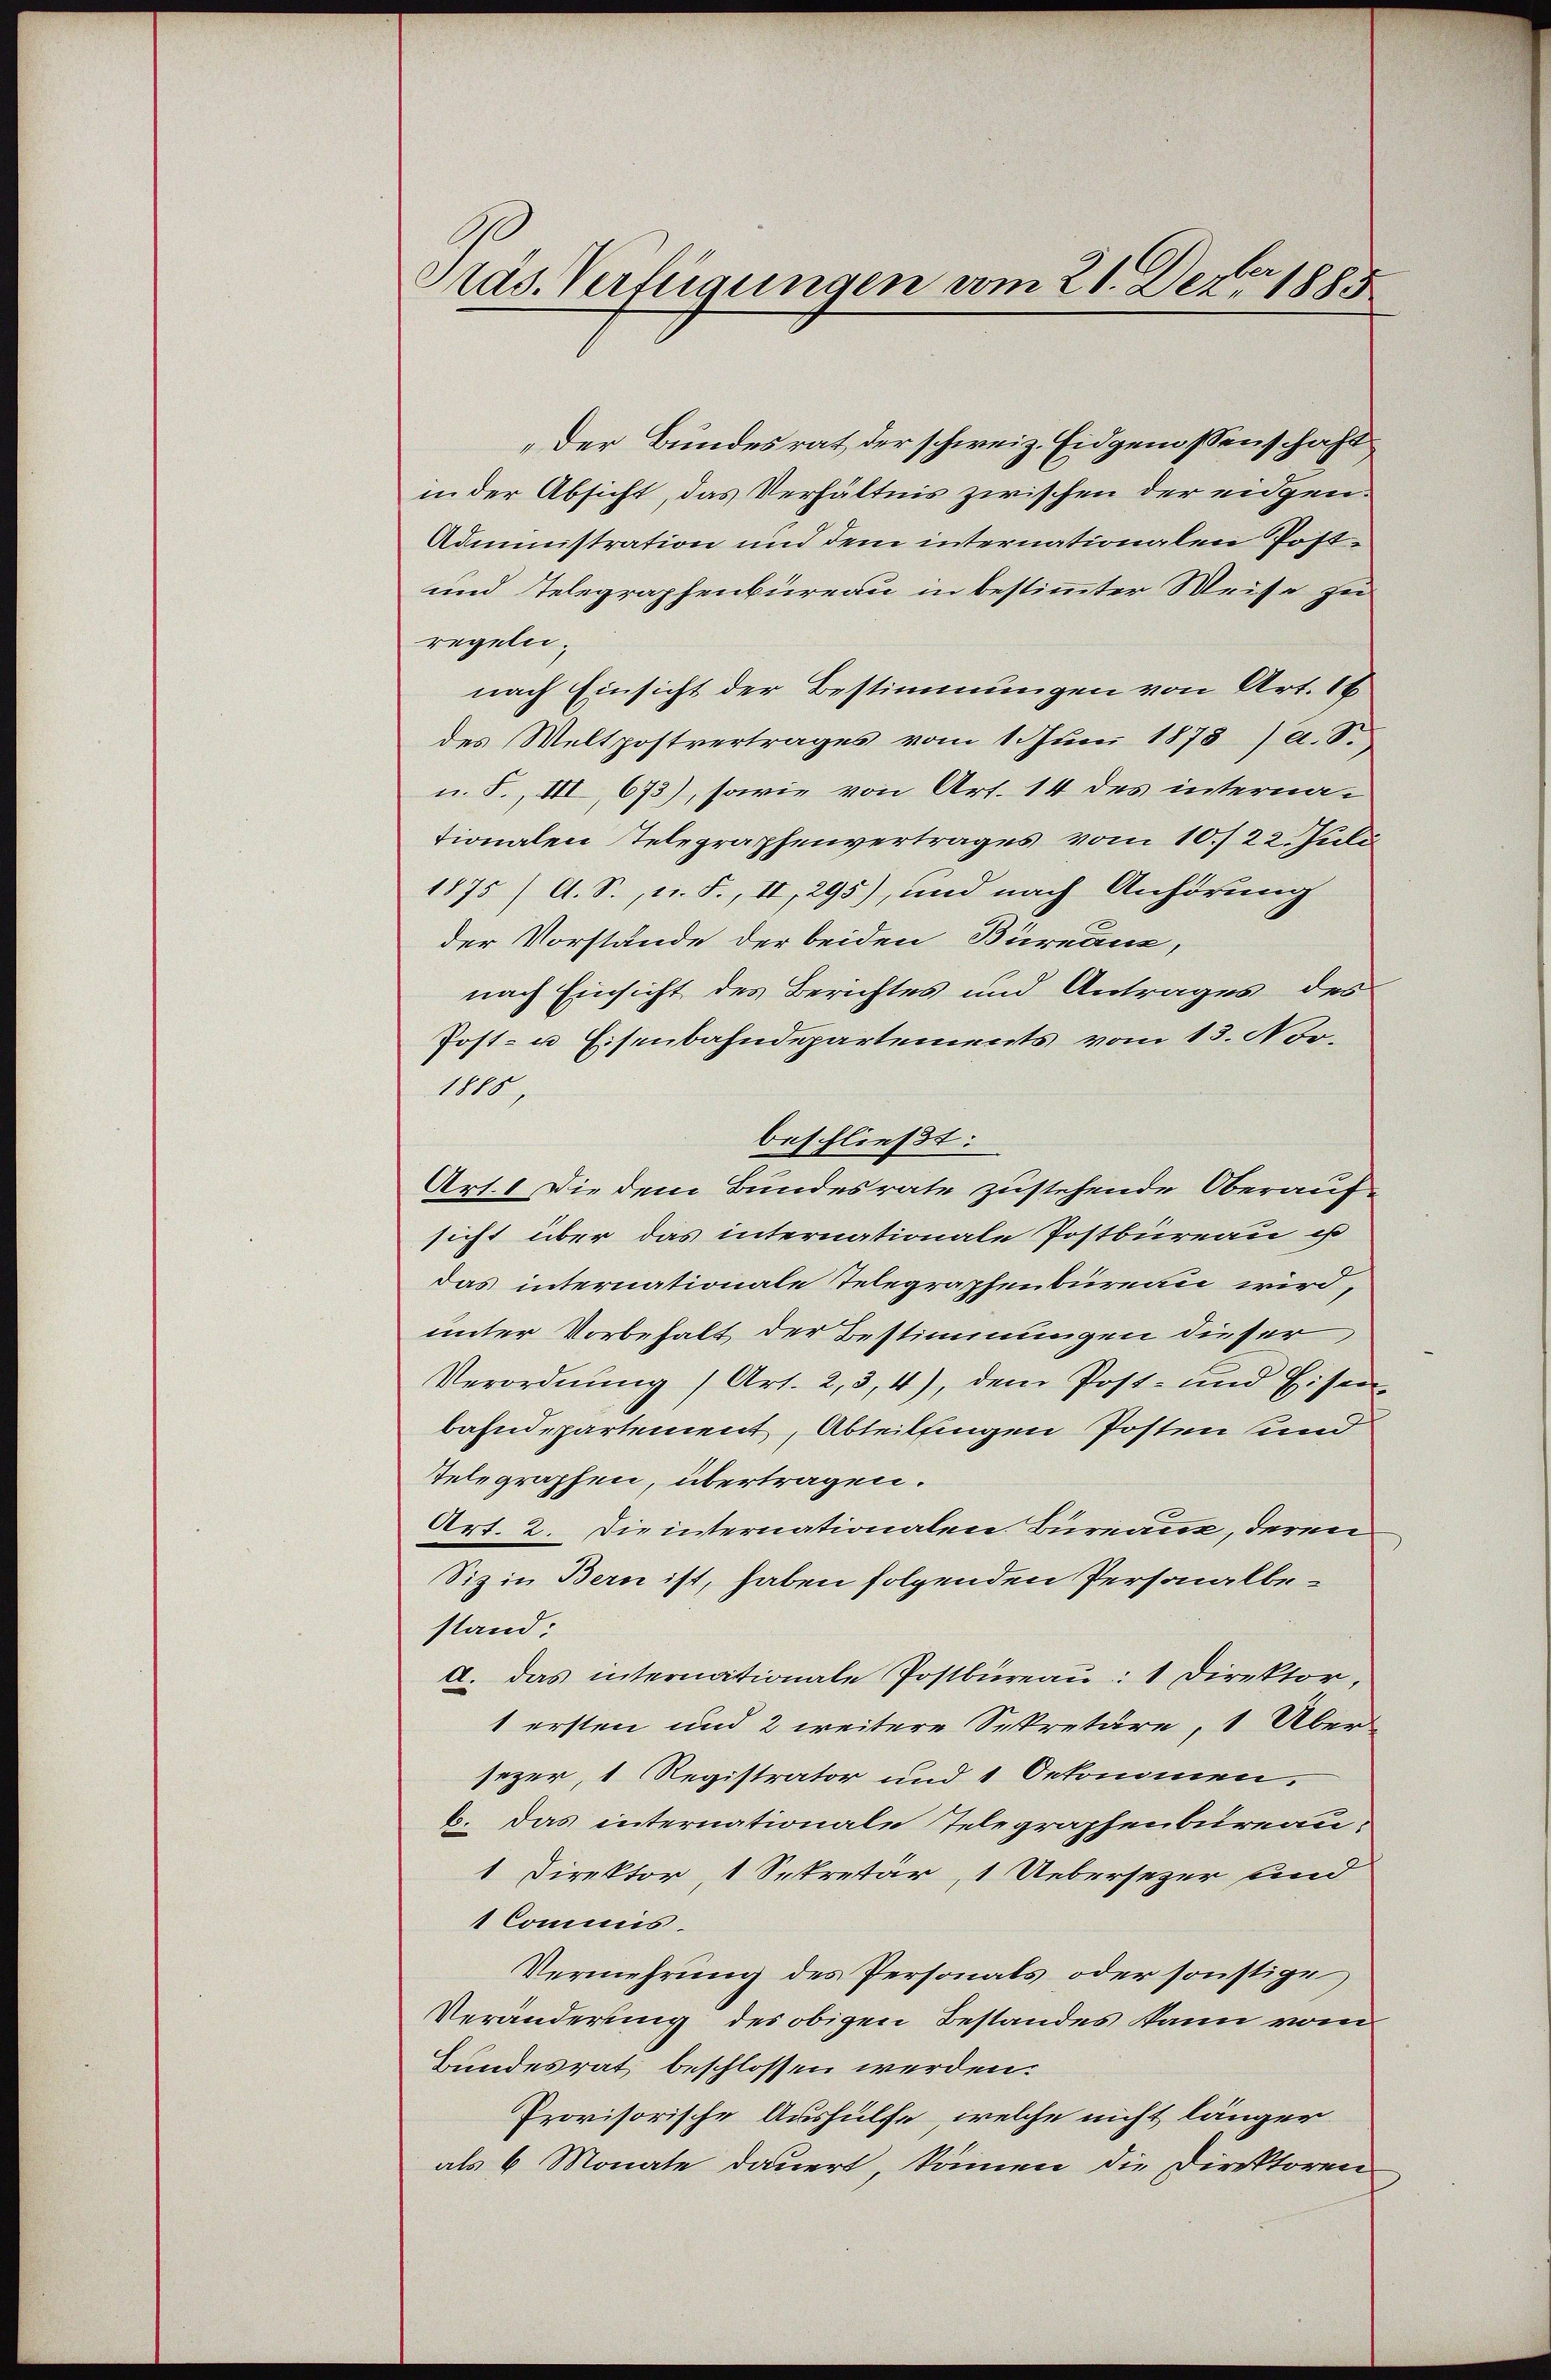
Präs. Verfügungen vom 21. Dez. 1885

„Der Bundesrat der schweiz. Eidgenossenschaft
in der Absicht, das Verhältnis zwischen der eidgen.
Administration und dem internationalen Post¬
und Telegraphenbureau in bestimmter Weise zu
regelei.
nach Einsicht der Bestimmungen von Art. 16
des Weltpostvertrages vom 1. Juni 1873) a. S.
u. S., III, 673), sowie von Art. 14 des internationalen Telegraphenvertrages vom 10./22. Juli
1875 /A. S., n. F., II, 295), und nach Anhörung
der Vorstände der beiden Büreaux,
nach Einsicht des Berichtes und Antrages des
Post- u Eisenbahndepartements vom 13. Nov.
1885
beschließt:
Art. 1 Die dem Bundesrate zustehende Oberauf-
sicht über das internationale Postbüreau ist
das internationale Telegraphenbureau wird,
unter Vorbehalt der Bestimmungen dieser
Verordnung (Art. 2, 3, 4), dem Post- und Eisen
bahndepartement, Abteilfingen Posten sind
Telegraphen, übertragen.
Art. 2. Die internationalen Bureau, deren
Siz in Bern ist, haben folgenden Personalbestand:
d. Das internationale Postbüreaŭ: 1 Direktor,
1 ersten und 2 weitere Sekretäre, 1 Übersezer, 1 Registrator und 1 Oekommen.
6. Das internationale Telegraphenbureau.
1 Direktor, 1 Sekretär, 1 Uebersezer und
1 Commis.
Vermehrung des Personals oder sonstige
Veränderung des obigen Bestandes kann vom
Bundesrat beschlossen werden.
Provisorische Aushülfe, welche nicht länger
als 6 Monate dauert, können die Direktoren